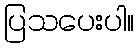
ပြသပေးပါ။